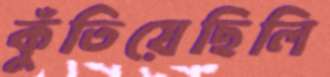
কুঁতিয়েছিলি